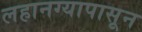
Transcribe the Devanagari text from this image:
लहानग्यापासून